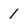
Character: 1